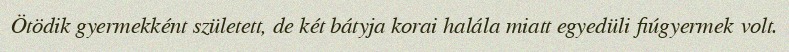
Ötödik gyermekként született, de két bátyja korai halála miatt egyedüli fiúgyermek volt.